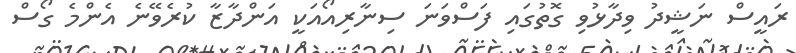
ރައީސް ނަޝީދު ވިދާޅުވި ގޮތުގައި ފަސްވަނަ ސިނާރިއޯއަކީ އަންދާޒާ ކުރެވޭނެ އެންމެ ގޯސް